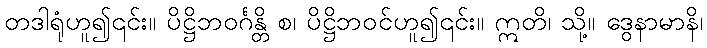
တဒါရုံဟူ၍၎င်း။ ပိဋ္ဌိဘဝင်္ဂန္တိ စ၊ ပိဋ္ဌိဘဝင်ဟူ၍၎င်း။ ဣတိ၊ သို့။ ဒွေနာမာနိ၊